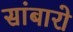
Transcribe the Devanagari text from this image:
सांबारो